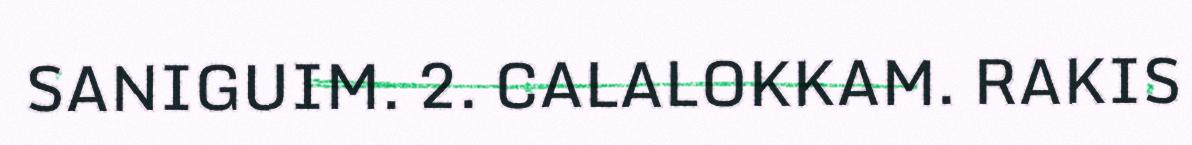
SANIGUIM. 2. CALALOKKAM. RAKIS